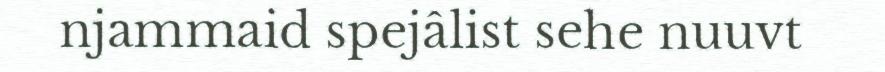
njammaid spejâlist sehe nuuvt